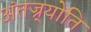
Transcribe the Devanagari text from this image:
अंतज्र्योति